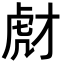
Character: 𧆯